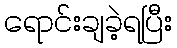
ရောင်းချခဲ့ရပြီး